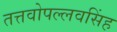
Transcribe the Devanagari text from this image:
तत्तवोपल्लवसिंह